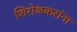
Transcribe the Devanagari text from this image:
शिरोळकरांना